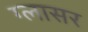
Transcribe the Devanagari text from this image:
ग्लासर